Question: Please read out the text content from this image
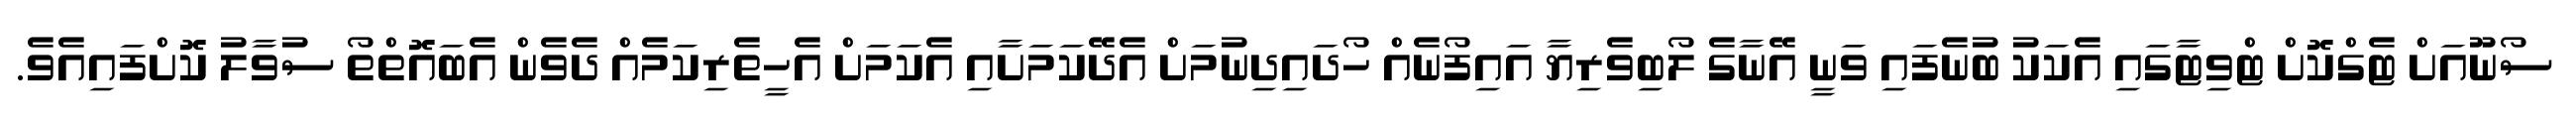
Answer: ސޯނޫއަށް ޓެގްކޮށް ޓްވިޓާގައި އެކަކު ބުނެފައި ވަނީ އޭނާގެ ލޯބިވެރިޔާ އައިފޯނެއް ހޯދައިދިނުމަށް އެދޭކަމަށާއި އެކަމަށް އެހީތެރިކަމެއް ދެވެން އެބައޮތްތޯ ސުވާލު ކޮށްފައިއެވެ.